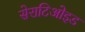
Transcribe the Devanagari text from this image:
सेराटिओइड